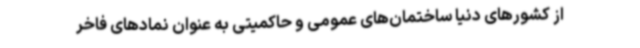
از کشورهای دنیا ساختمان‌های عمومی و حاکمیتی به عنوان نمادهای فاخر